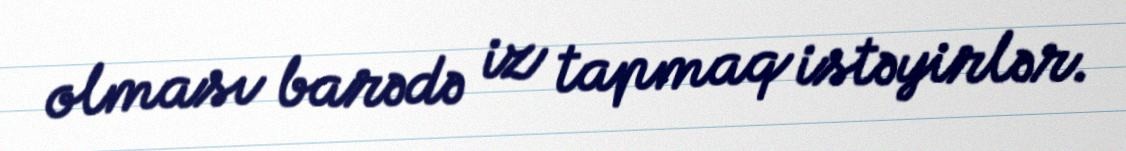
olması barədə iz tapmaq istəyirlər.